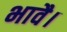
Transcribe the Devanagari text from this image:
भावै।